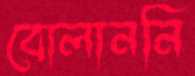
বোলাননি